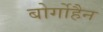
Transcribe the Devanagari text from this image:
बोर्गोहैन